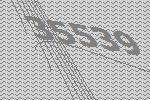
35539